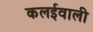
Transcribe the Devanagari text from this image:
कलईवाली